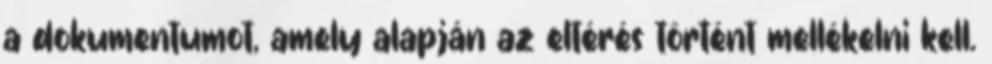
a dokumentumot, amely alapján az eltérés történt mellékelni kell.